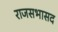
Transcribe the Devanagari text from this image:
राजसभासद